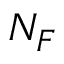
N _ { F }